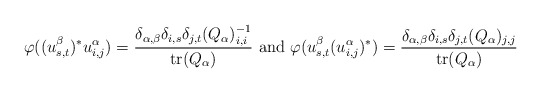
\begin{align*}\varphi((u^{\beta}_{s,t})^*u^{\alpha}_{i,j})=\frac{\delta_{\alpha,\beta}\delta_{i,s}\delta_{j,t}(Q_{\alpha})_{i,i}^{-1}}{\mathrm{tr}(Q_{\alpha})}\mathrm{~and~}\varphi(u^{\beta}_{s,t}(u^{\alpha}_{i,j})^*)=\frac{\delta_{\alpha,\beta}\delta_{i,s}\delta_{j,t}(Q_{\alpha})_{j,j}}{\mathrm{tr}(Q_{\alpha})}\end{align*}